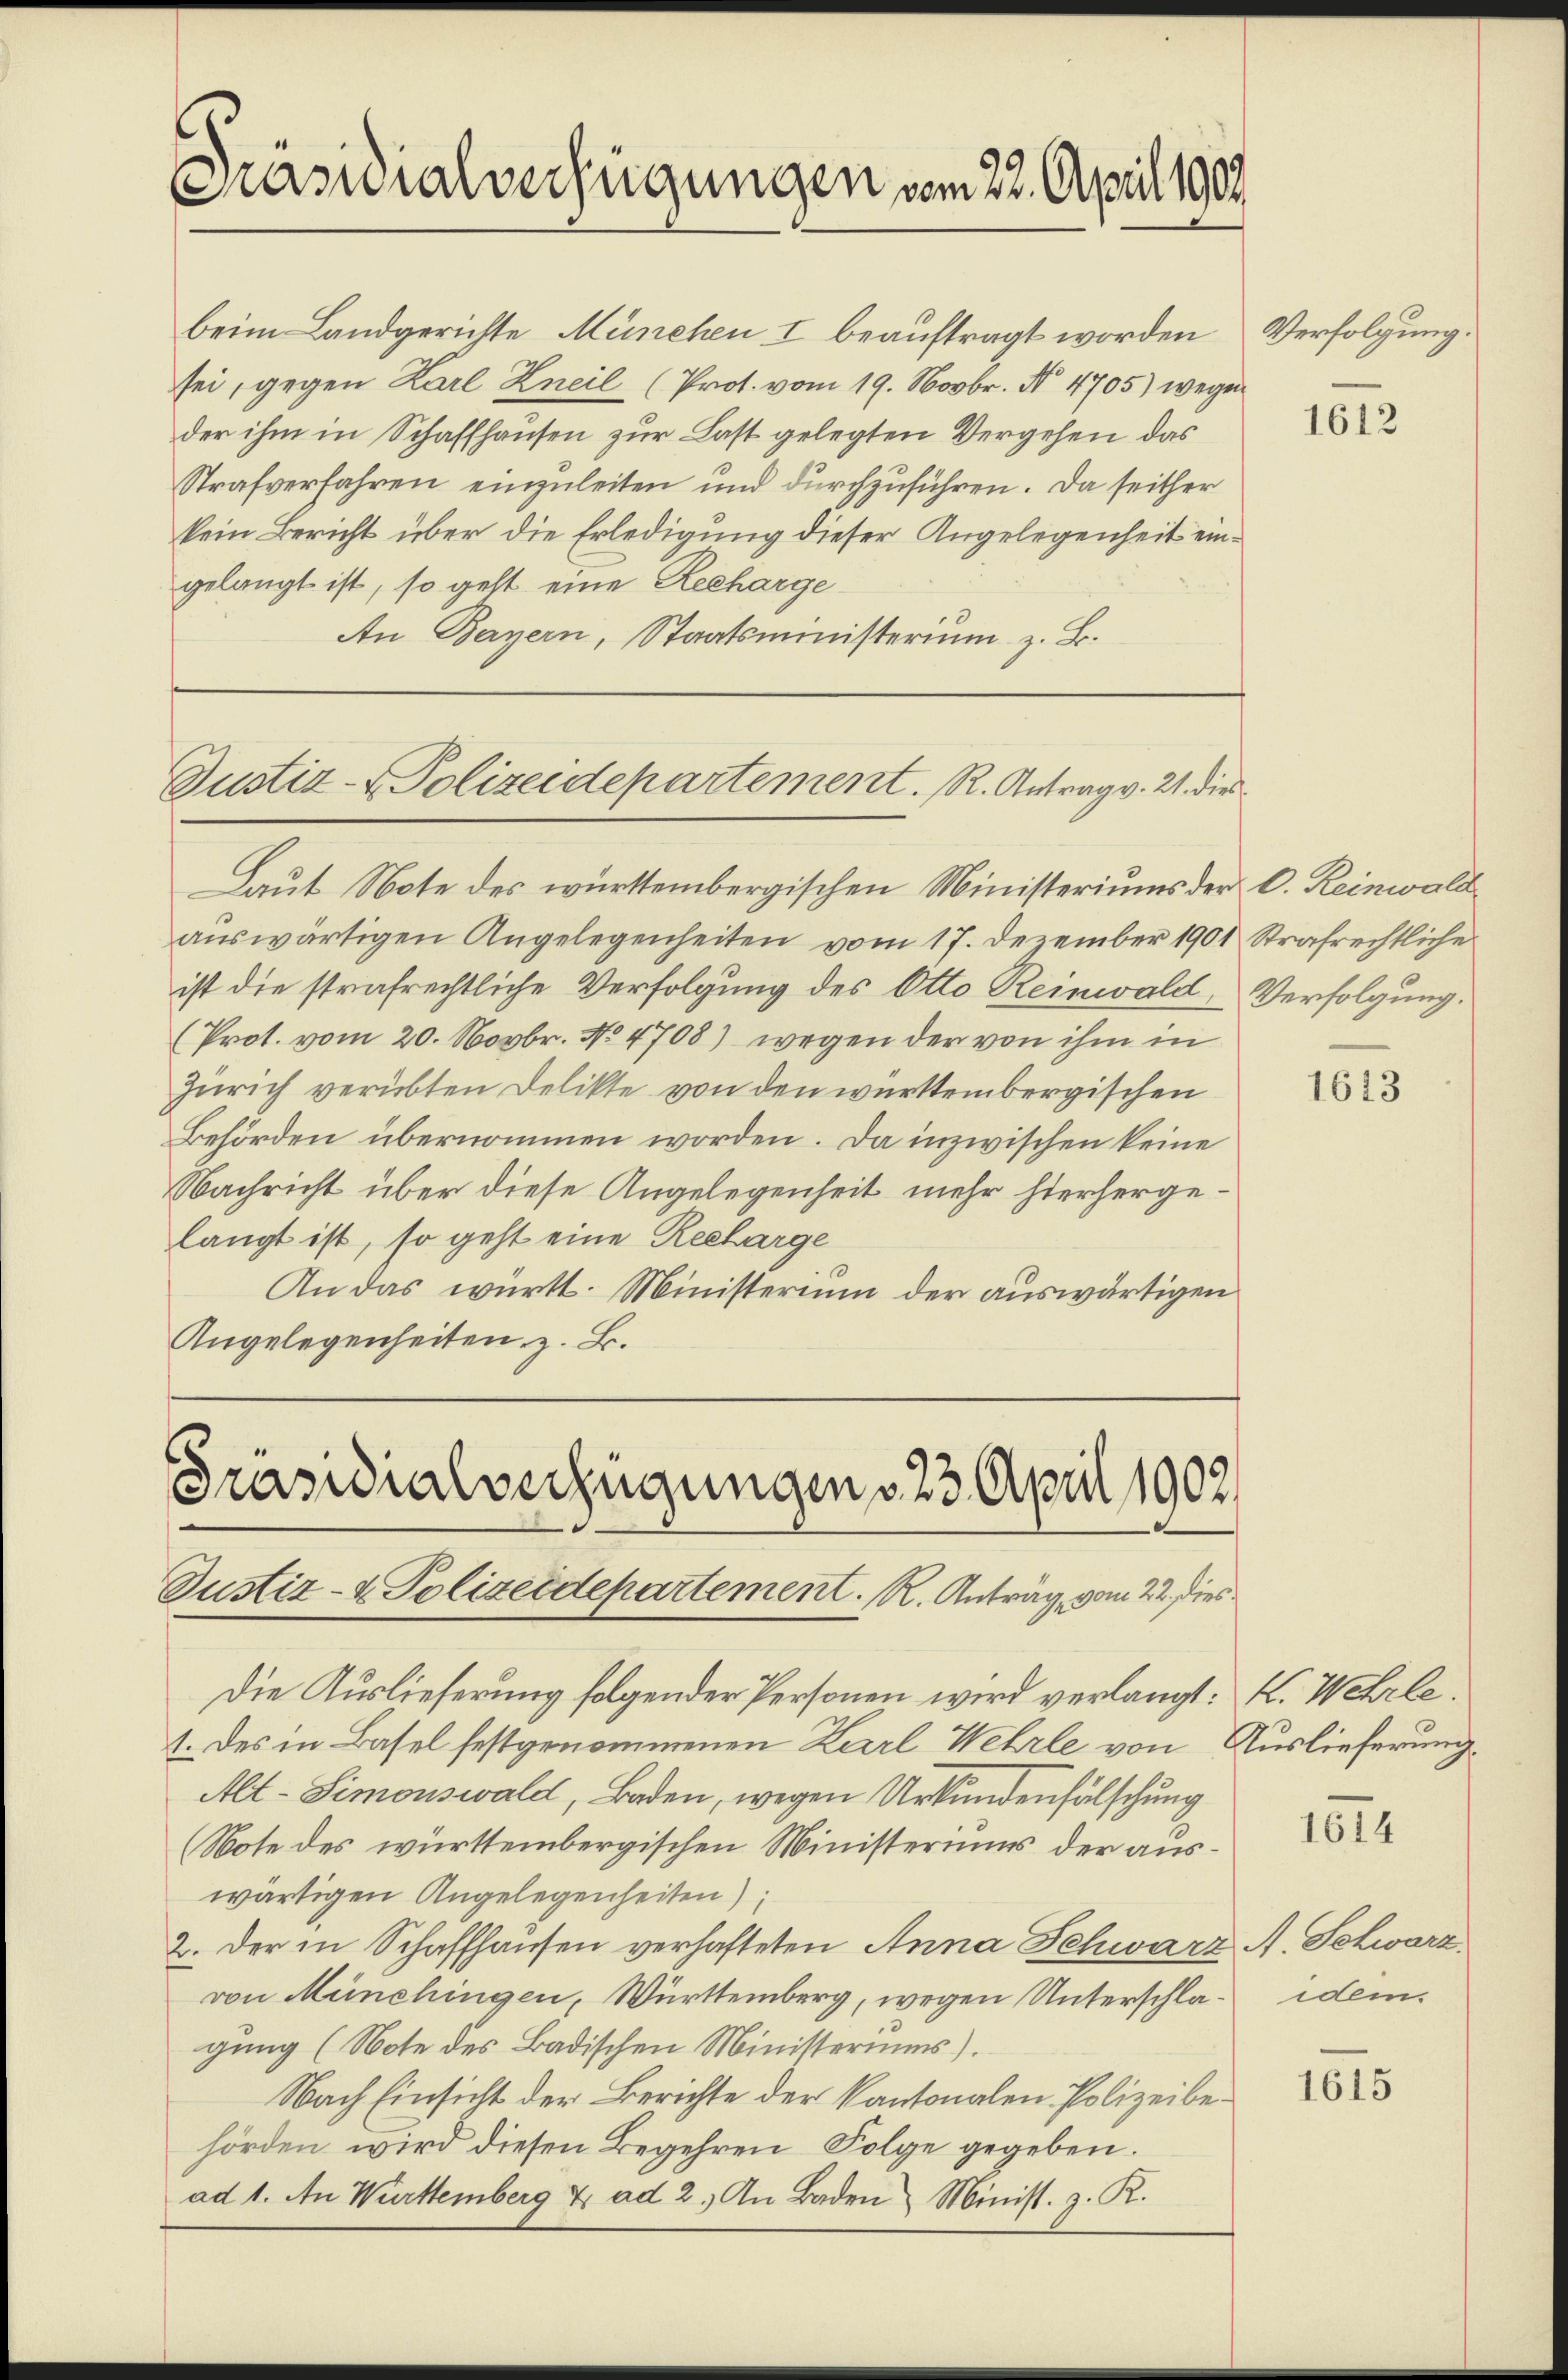
Präsidialverfügungen vom 22. April 1909.

beim Landgerichte München I beauftragt worden
sei, gegen Karl Zneil (Prot. vom 19. Novbr. No. 4705) wegen
der ihm in Schaffhausen zur Last gelegten Vergehen das
Strafverfahren einzuleiten und durchzuführen. Da seither
kein Bericht über die Erledigung dieser Angelegenheit eingelangt ist, so geht eine Recharge
An Bayern, Staatsministerium z. B.

Justiz- & Polizeidepartement. R. Antrag v. 21. die

Laut Note des württembergischen Ministeriums der C. Reinwald
auswärtigen Angelegenheiten vom 17. Dezember 1901
ist die strafrechtliche Verfolgung des Otto Reinwald
(Prot. vom 20. Novbr. No 4708) wegen der von ihm in
Zürich verübten Delikte von den württembergischen
Behörden übernommen worden. Da inzwischen keine
Nachricht über diese Angelegenheit mehr hierhergelangt ist, so geht eine Recharge
An das württ. Ministerium der auswärtigen
Angelegenheiten z. B.

Präsidialverfügungen v. 23. April 1902.
Justiz- & Polizeidepartement. R. Antrag vom 22. dies

Die Auslieferung folgender Personen wird verlangt: I. Wehrle.
1. des in Basel festgenommenen Karl Wehrle von Auslieferung.
Alt-Simonswald, Baden, wegen Urkundenfälschung
(Note des württembergischen Ministeriums der auswärtigen Angelegenheiten)
2. Der in Schaffhausen verhafteten Anna Schwarz A. Schwarzvon Münchingen, Württemberg, wegen Unterschlagung (Note des Badischen Ministeriums).
Nach Einsicht der Berichte der Kantonalen Polizeibehörden wird diesen Begehren Folge gegeben.
ad 1. An Württemberg &. ad 2.) An Baden Minist. z. R.

Verfolgung.

1612

Strafrechtliche
Verfolgung.

1613

1614

idem.

1615